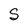
Character: S